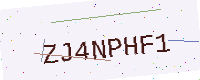
Text: ZJ4NPHF1